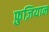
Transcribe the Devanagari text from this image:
फ़ुज़ियान